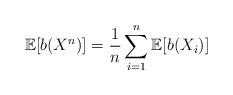
LaTeX: \begin{align*}\mathbb{E}[b(X^n)]= \frac{1}{n} \sum_{i=1}^n \mathbb{E}[ b(X_i)] \end{align*}